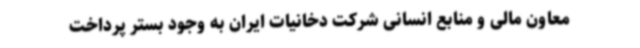
معاون مالی و منابع انسانی شرکت دخانیات ایران به وجود بستر پرداخت